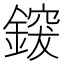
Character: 𮢰